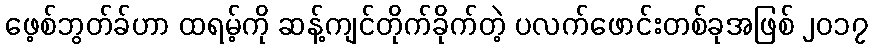
ဖေ့စ်ဘွတ်ခ်ဟာ ထရမ့်ကို ဆန့်ကျင်တိုက်ခိုက်တဲ့ ပလက်ဖောင်းတစ်ခုအဖြစ် ၂၀၁၇